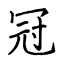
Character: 冠